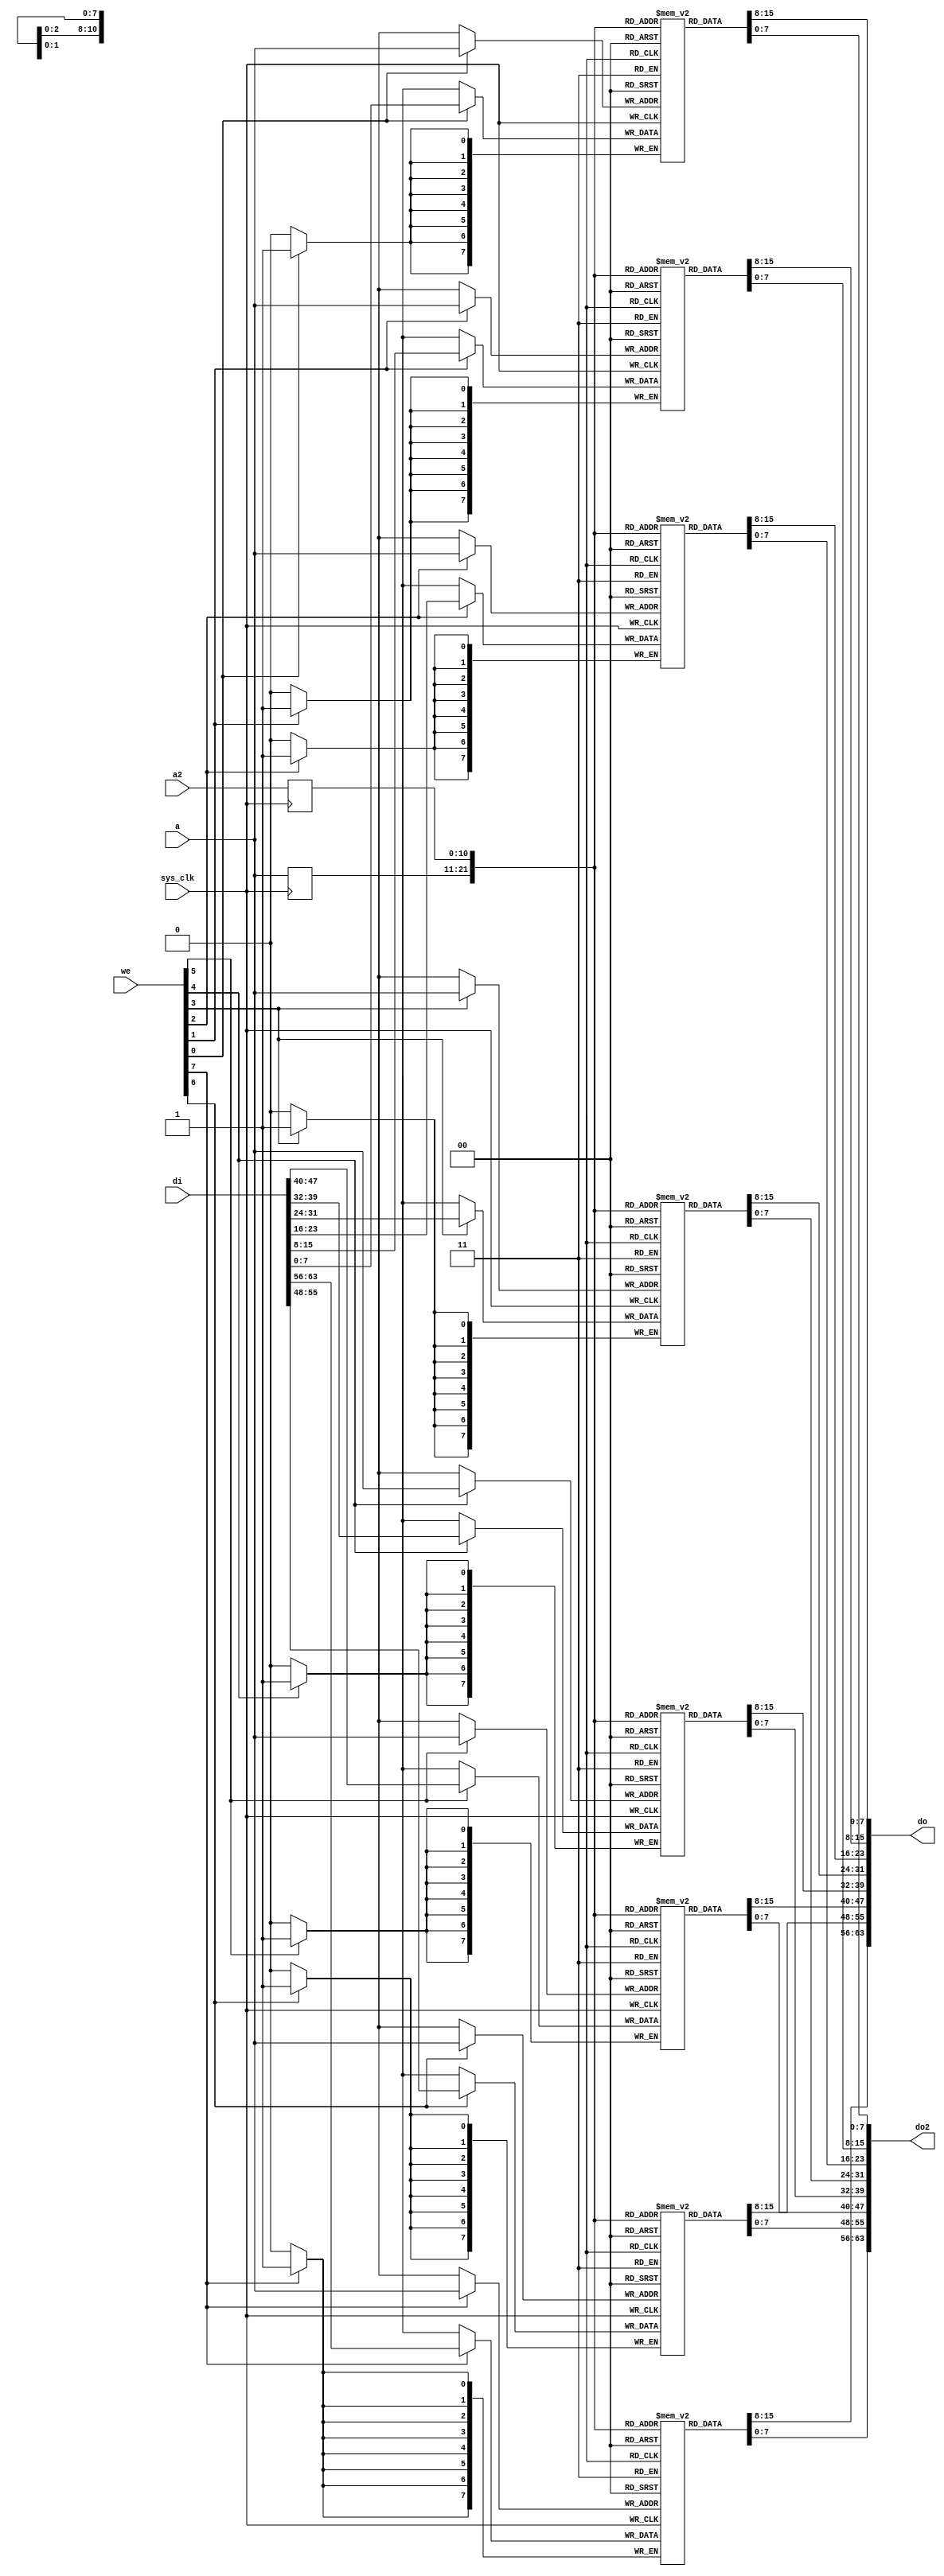
module fmlbrg_datamem #(
	parameter depth = 11
) (
	input sys_clk,

	/* Primary port (read-write) */
	input [depth-1:0] a,
	input [7:0] we,
	input [63:0] di,
	output [63:0] do,

	/* Secondary port (read-only) */
	input [depth-1:0] a2,
	output [63:0] do2
);

reg [7:0] ram0[0:(1 << depth)-1];
reg [7:0] ram1[0:(1 << depth)-1];
reg [7:0] ram2[0:(1 << depth)-1];
reg [7:0] ram3[0:(1 << depth)-1];
reg [7:0] ram4[0:(1 << depth)-1];
reg [7:0] ram5[0:(1 << depth)-1];
reg [7:0] ram6[0:(1 << depth)-1];
reg [7:0] ram7[0:(1 << depth)-1];

wire [7:0] ram0di;
wire [7:0] ram1di;
wire [7:0] ram2di;
wire [7:0] ram3di;
wire [7:0] ram4di;
wire [7:0] ram5di;
wire [7:0] ram6di;
wire [7:0] ram7di;

wire [7:0] ram0do;
wire [7:0] ram1do;
wire [7:0] ram2do;
wire [7:0] ram3do;
wire [7:0] ram4do;
wire [7:0] ram5do;
wire [7:0] ram6do;
wire [7:0] ram7do;

wire [7:0] ram0do2;
wire [7:0] ram1do2;
wire [7:0] ram2do2;
wire [7:0] ram3do2;
wire [7:0] ram4do2;
wire [7:0] ram5do2;
wire [7:0] ram6do2;
wire [7:0] ram7do2;

reg [depth-1:0] a_r;
reg [depth-1:0] a2_r;

always @(posedge sys_clk) begin
	a_r <= a;
	a2_r <= a2;
end

always @(posedge sys_clk) begin
	if(we[0])
		ram0[a] <= ram0di;
end
assign ram0do = ram0[a_r];
assign ram0do2 = ram0[a2_r];

always @(posedge sys_clk) begin
	if(we[1])
		ram1[a] <= ram1di;
end
assign ram1do = ram1[a_r];
assign ram1do2 = ram1[a2_r];

always @(posedge sys_clk) begin
	if(we[2])
		ram2[a] <= ram2di;
end
assign ram2do = ram2[a_r];
assign ram2do2 = ram2[a2_r];

always @(posedge sys_clk) begin
	if(we[3])
		ram3[a] <= ram3di;
end
assign ram3do = ram3[a_r];
assign ram3do2 = ram3[a2_r];

always @(posedge sys_clk) begin
	if(we[4])
		ram4[a] <= ram4di;
end
assign ram4do = ram4[a_r];
assign ram4do2 = ram4[a2_r];

always @(posedge sys_clk) begin
	if(we[5])
		ram5[a] <= ram5di;
end
assign ram5do = ram5[a_r];
assign ram5do2 = ram5[a2_r];

always @(posedge sys_clk) begin
	if(we[6])
		ram6[a] <= ram6di;
end
assign ram6do = ram6[a_r];
assign ram6do2 = ram6[a2_r];

always @(posedge sys_clk) begin
	if(we[7])
		ram7[a] <= ram7di;
end
assign ram7do = ram7[a_r];
assign ram7do2 = ram7[a2_r];

assign ram0di = di[7:0];
assign ram1di = di[15:8];
assign ram2di = di[23:16];
assign ram3di = di[31:24];
assign ram4di = di[39:32];
assign ram5di = di[47:40];
assign ram6di = di[55:48];
assign ram7di = di[63:56];

assign do = {ram7do, ram6do, ram5do, ram4do, ram3do, ram2do, ram1do, ram0do};
assign do2 = {ram7do2, ram6do2, ram5do2, ram4do2, ram3do2, ram2do2, ram1do2, ram0do2};

endmodule